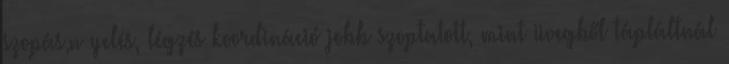
szopás,n yelés, légzés koordináció jobb szoptatott, mint üvegből tápláltnál